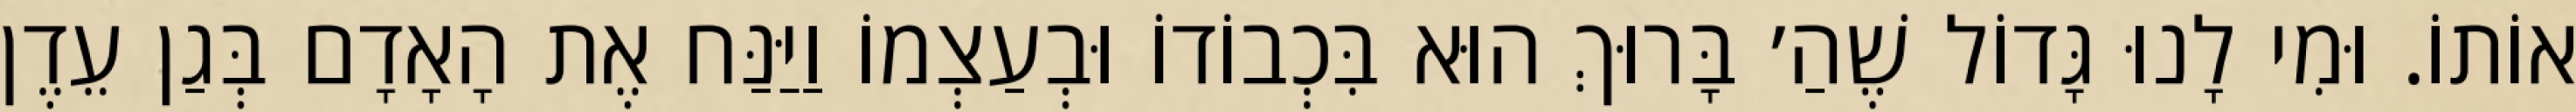
אוֹתוֹ. וּמִי לָנוּ גָּדוֹל שֶׁהַ׳ בָּרוּךְ הוּא בִּכְבוֹדוֹ וּבְעַצְמוֹ וַיַּנַּח אֶת הָאָדָם בְּגַן עֵדֶן